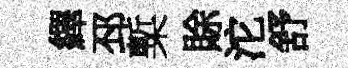
繹邳槧賖沱舒